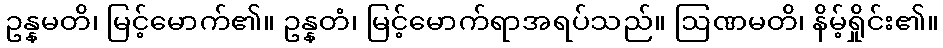
ဥန္နမတိ၊ မြင့်မောက်၏။ ဥန္နတံ၊ မြင့်မောက်ရာအရပ်သည်။ ဩဏမတိ၊ နိမ့်ရှိုင်း၏။